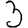
Digit: 3